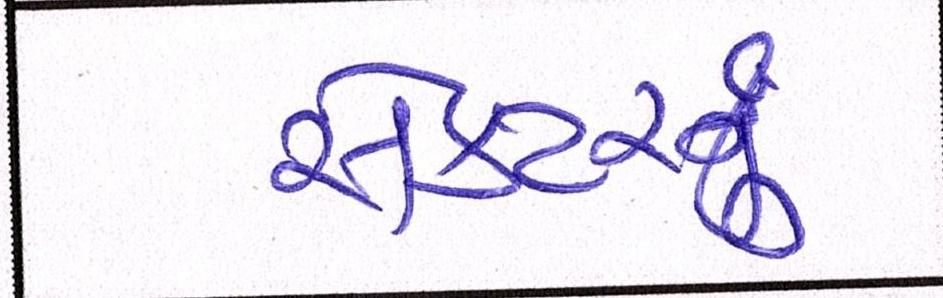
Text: સેક્ટરનું